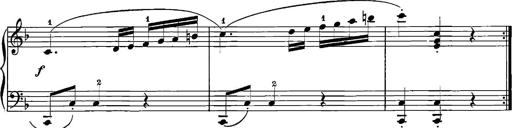
Title: 12 Sonatinas
Composer: Ignaz Pleyel